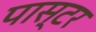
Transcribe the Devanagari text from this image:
पास्‍टर